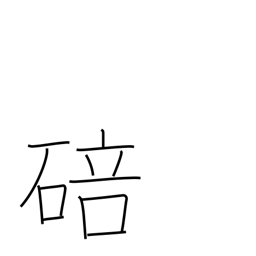
Meaning: bud